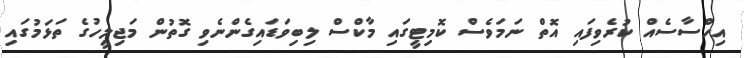
އިހްސާސެއް ކުރެވިފައި އޮތް ނަމަވެސް ކޮމިޓީގައި މާކްސް ލިބިވަޑައިގެންނެވި ގޮތުން މަޖިލީހުގެ ތަޅަމުގައި